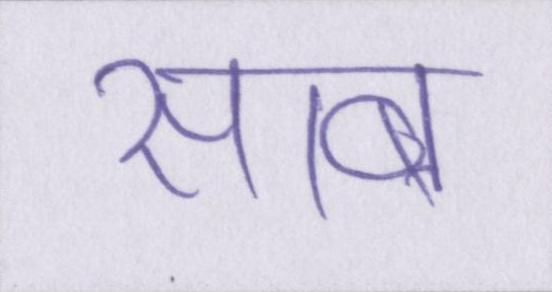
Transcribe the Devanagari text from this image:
साब